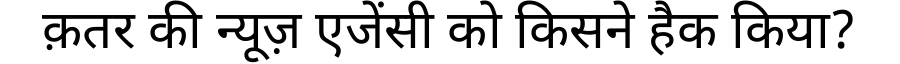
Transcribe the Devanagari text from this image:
क़तर की न्यूज़ एजेंसी को किसने हैक किया?